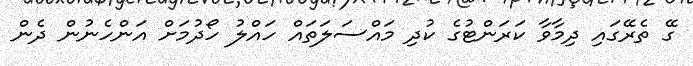
ގޭ ތެރޭގައި ދިމާވާ ކަރަންޓުގެ ކުދި މައްސަލަތައް ހައްލު ހޯދުމަށް އަންހެނުން ދެން